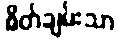
စိတ်ချမ်းသာ